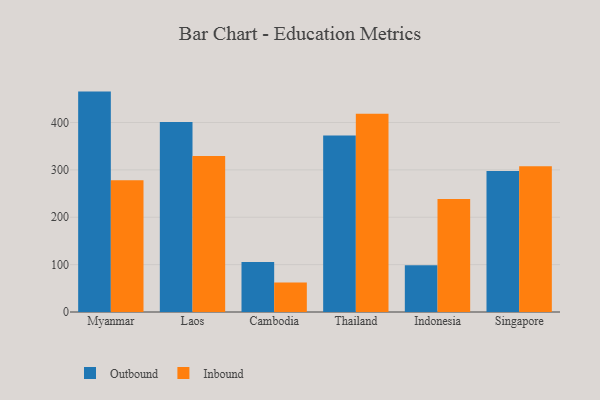
{"axis": {"x": "Country", "y": "Churn Rate (%)"}, "legend": ["Inbound", "Outbound"], "data": [{"x": "Myanmar", "y": 465.2, "type": "Outbound"}, {"x": "Myanmar", "y": 278.1, "type": "Inbound"}, {"x": "Laos", "y": 400.9, "type": "Outbound"}, {"x": "Laos", "y": 329.4, "type": "Inbound"}, {"x": "Cambodia", "y": 105.4, "type": "Outbound"}, {"x": "Cambodia", "y": 62.4, "type": "Inbound"}, {"x": "Thailand", "y": 372.7, "type": "Outbound"}, {"x": "Thailand", "y": 418.6, "type": "Inbound"}, {"x": "Indonesia", "y": 98.9, "type": "Outbound"}, {"x": "Indonesia", "y": 238.6, "type": "Inbound"}, {"x": "Singapore", "y": 297.6, "type": "Outbound"}, {"x": "Singapore", "y": 307.5, "type": "Inbound"}]}